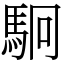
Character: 駉